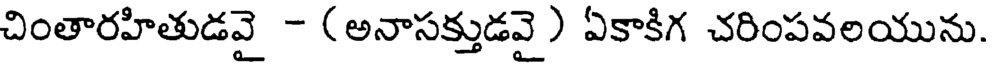
చింతారహితుడవై - (అనాసక్తుడవై ) ఏకాకిగ చరింపవలయును.